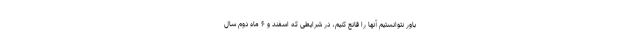
باور نتوانستیم آنها را قانع کنیم، در شرایطی که اسفند و ۶ ماه دوم سال